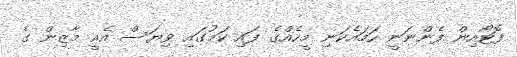
ފޮޓޯއިން ފެންނަނީ ހަމައެކަނި މީހެއްގެ ފައި ކަމުގައި ވިޔަސް އެއީ މާޒިން ގެ